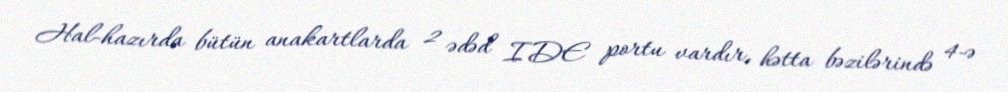
Hal-hazırda bütün anakartlarda 2 ədəd IDE portu vardır, hətta bəzilərində 4-ə